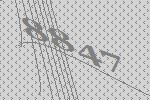
8847